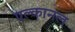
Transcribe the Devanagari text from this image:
एल्कानल